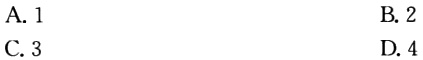
A. 1
B. 2
C. 3
D. 4